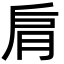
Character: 𦚌